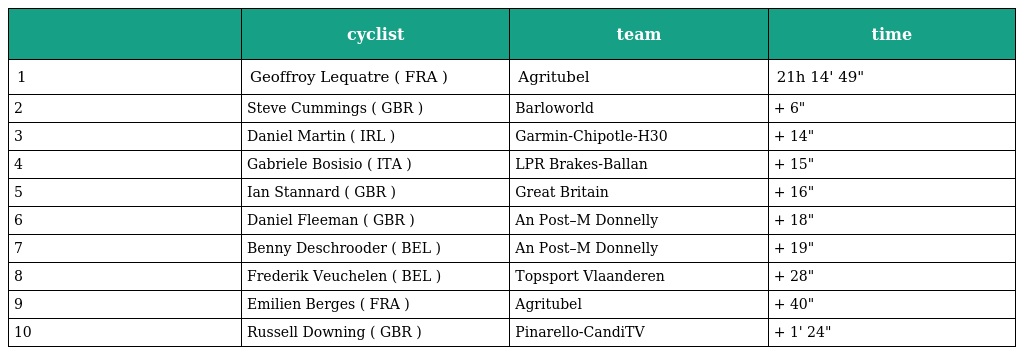
|  | cyclist | team | time |
 | --- | --- | --- | --- |
 | 1 | Geoffroy Lequatre ( FRA ) | Agritubel | 21h 14' 49" |
 | 2 | Steve Cummings ( GBR ) | Barloworld | + 6" |
 | 3 | Daniel Martin ( IRL ) | Garmin-Chipotle-H30 | + 14" |
 | 4 | Gabriele Bosisio ( ITA ) | LPR Brakes-Ballan | + 15" |
 | 5 | Ian Stannard ( GBR ) | Great Britain | + 16" |
 | 6 | Daniel Fleeman ( GBR ) | An Post–M Donnelly | + 18" |
 | 7 | Benny Deschrooder ( BEL ) | An Post–M Donnelly | + 19" |
 | 8 | Frederik Veuchelen ( BEL ) | Topsport Vlaanderen | + 28" |
 | 9 | Emilien Berges ( FRA ) | Agritubel | + 40" |
 | 10 | Russell Downing ( GBR ) | Pinarello-CandiTV | + 1' 24" |